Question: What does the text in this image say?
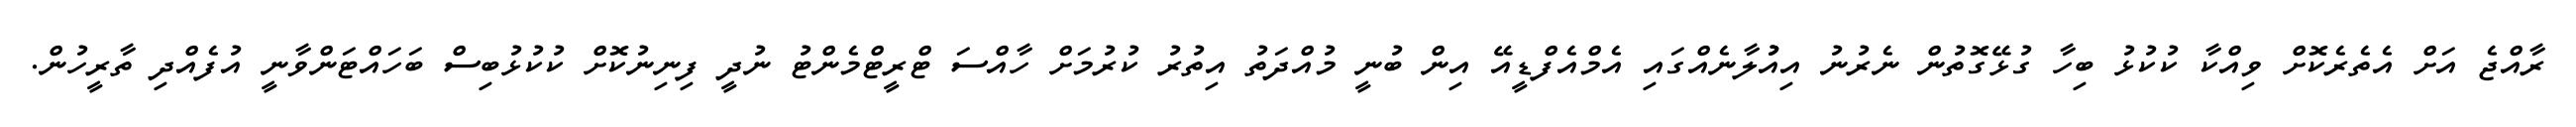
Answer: ރާއްޖެ އަށް އެތެރެކޮށް ވިއްކާ ކުކުޅު ބިހާ ގުޅޭގޮތުން ނެރުނު އިއުުލާނެއްގައި އެމްއެފްޑީއޭ އިން ބުނީ މުއްދަތު އިތުރު ކުރުމަށް ހާއްސަ ޓްރީޓްމެންޓު ނުދީ ފިނިނުކޮށް ކުކުޅުބިސް ބަހައްޓަންވާނީ އުފެއްދި ތާރީހުން.